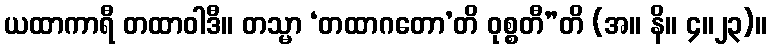
ယထာကာရီ တထာဝါဒီ။ တသ္မာ ‘တထာဂတော’တိ ဝုစ္စတီ”တိ (အ။ နိ။ ၄။၂၃)။